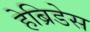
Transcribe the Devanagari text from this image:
हेब्रिडेस